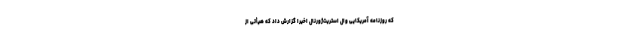
که روزنامه آمریکایی وال‌ استریت‌ژورنال اخیرا گزارش داد که هیأتی از